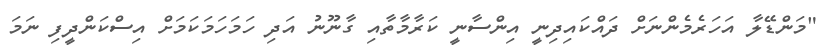
"މަންޑޭލާ އަހަރެމެންނަށް ދައްކައިދިނީ އިންސާނީ ކަރާމާތާއި ގާނޫނު އަދި ހަމަހަމަކަމަށް އިސްކަންދީފި ނަމަ